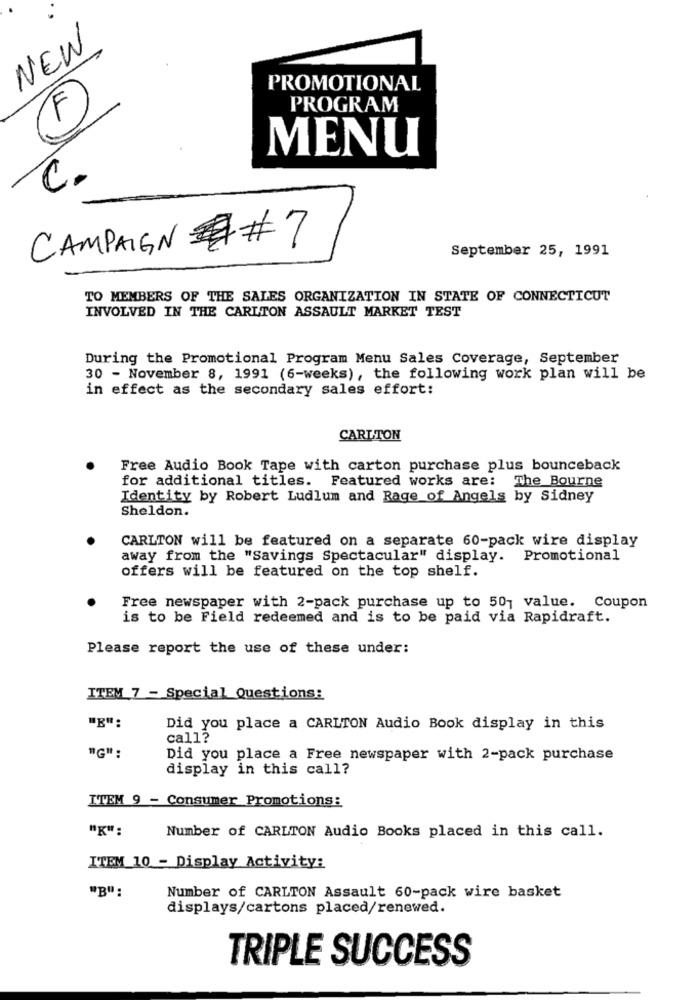
NEW
PROMOTIONAL
F
PROGRAM
MENU
C.
CAMPAIGN ## 7
September 25, 1991
TO MEMBERS OF THE SALES ORGANIZATION IN STATE OF CONNECTICUT
INVOLVED IN THE CARLTON ASSAULT MARKET TEST
During the Promotional Program Menu Sales Coverage, September
30 - November 8, 1991 (6-weeks), the following work plan will be
in effect as the secondary sales effort:
CARLTON
Free Audio Book Tape with carton purchase plus bounceback
for additional titles. Featured works are: The Bourne
Identity by Robert Ludlum and Rage of Angels by Sidney
Sheldon.
CARLTON will be featured on a separate 60-pack wire display
away from the "Savings Spectacular" display. Promotional
offers will be featured on the top shelf.
Free newspaper with 2-pack purchase up to 501 value. Coupon
is to be Field redeemed and is to be paid via Rapidraft.
Please report the use of these under:
ITEM 7 - Special Questions:
"E":
Did you place a CARLTON Audio Book display in this
call?
"G":
Did you place a Free newspaper with 2-pack purchase
display in this call?
ITEM 9 - Consumer Promotions:
"K":
Number of CARLTON Audio Books placed in this call.
ITEM_10 - Display Activity:
"B":
Number of CARLTON Assault 60-pack wire basket
displays/cartons placed/renewed.
TRIPLE SUCCESS